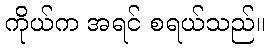
ကိုယ်က အရင် စရယ်သည်။